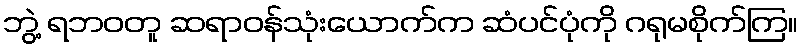
ဘွဲ့ ရဘဝတူ ဆရာဝန်သုံးယောက်က ဆံပင်ပုံကို ဂရုမစိုက်ကြ။